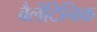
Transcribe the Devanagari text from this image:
वैलेंटिनिक